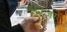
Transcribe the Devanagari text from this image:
टैटिंजर